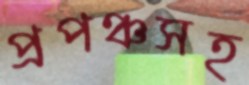
প্রপঞ্চসহ